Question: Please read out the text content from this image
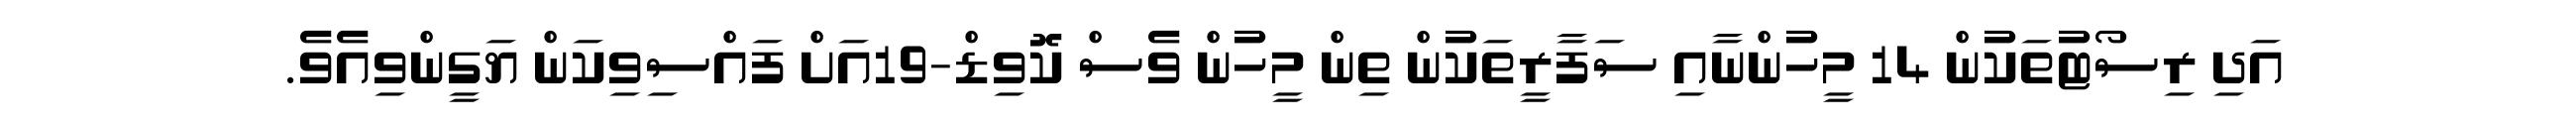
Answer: އަދި ރިސޯޓުތަކުން 14 މީހުންނާއި ސަފާރީތަކުން ތިން މީހުން ވެސް ކޮވިޑް-19އަށް ފައްސިވިކަން ޔަގީންވިއެވެ.